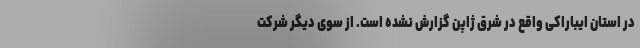
در استان ایباراکی واقع در شرق ژاپن گزارش نشده است. از سوی دیگر شرکت